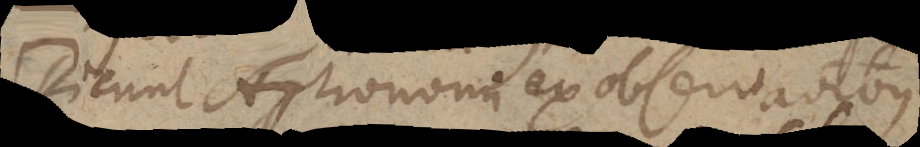
Dicunt Astronomi ex observationibus